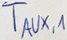
Text: TAUX,1